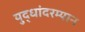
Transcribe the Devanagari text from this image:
युद्धांदरम्यान